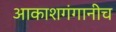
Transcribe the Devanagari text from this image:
आकाशगंगानीच